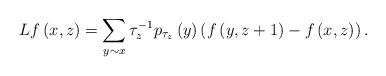
LaTeX: \begin{align*}Lf\left(x,z\right)=\sum_{y\sim x}\tau_{z}^{-1}p_{\tau_{z}}\left(y\right)\left(f\left(y,z+1\right)-f\left(x,z\right)\right).\end{align*}